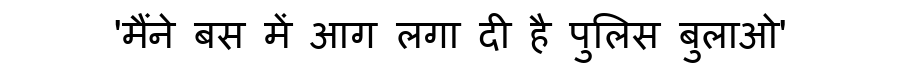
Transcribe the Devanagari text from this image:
'मैंने बस में आग लगा दी है पुलिस बुलाओ'